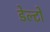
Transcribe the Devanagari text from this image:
डेल्टों